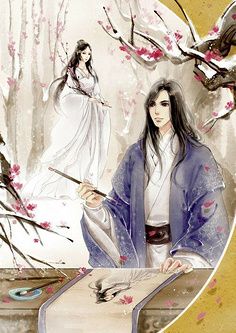
星点点，月团团。倒流河汉入杯盘。